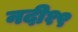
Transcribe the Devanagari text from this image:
नदी१९